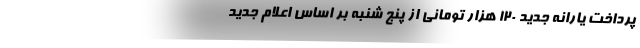
پرداخت یارانه جدید ۱۲۰ هزار تومانی از پنج شنبه بر اساس اعلام جدید